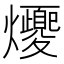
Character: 𪺈